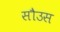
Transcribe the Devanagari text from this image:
सौउस